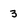
Character: 3